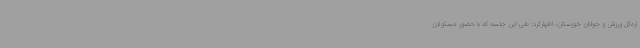
اره‌کل ورزش و جوانان خوزستان، اظهارکرد: طی این جلسه که با حضور مسئولان